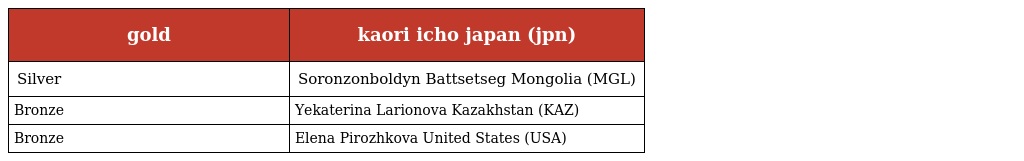
| gold | kaori icho japan (jpn) |
 | --- | --- |
 | Silver | Soronzonboldyn Battsetseg Mongolia (MGL) |
 | Bronze | Yekaterina Larionova Kazakhstan (KAZ) |
 | Bronze | Elena Pirozhkova United States (USA) |